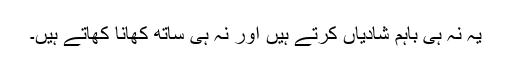
یہ نہ ہی باہم شادیاں کرتے ہیں اور نہ ہی ساتھ کھانا کھاتے ہیں۔